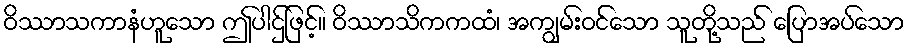
ဝိဿာသကာနံဟူသော ဤပါဌ်ဖြင့်။ ဝိဿာသိကကထံ၊ အကျွမ်းဝင်သော သူတို့သည် ပြောအပ်သော